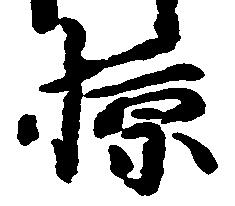
掠